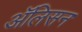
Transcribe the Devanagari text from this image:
अॅलिसन